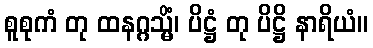
စူစုကံ တု ထနဂ္ဂသ္မိံ၊ ပိဋ္ဌံ တု ပိဋ္ဌိ နာရိယံ။